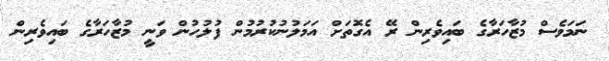
ނަމަވެސް މުޒާހަރާގެ ބައިވެރިން ރޭ އެގޮތަށް އަމަލުނުކުރުމުން ފުލުހުން ވަނީ މުޒާހަރާގެ ބައިވެރިން